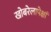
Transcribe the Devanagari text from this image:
खोबरेलापेक्षां